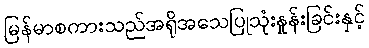
မြန်မာစကားသည်အရိုအသေပြုသုံးနှုန်းခြင်းနှင့်